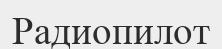
Радиопилот